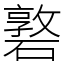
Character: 䃦